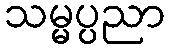
သမ္မပ္ပညာ